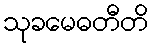
သုခမေဓတီတိ